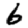
Digit: 6